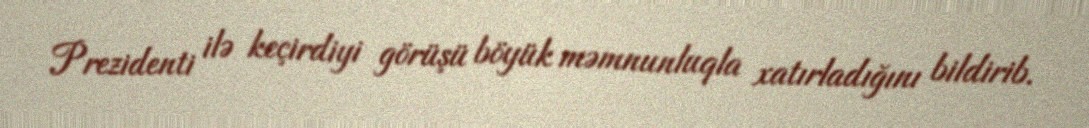
Prezidenti ilə keçirdiyi görüşü böyük məmnunluqla xatırladığını bildirib.